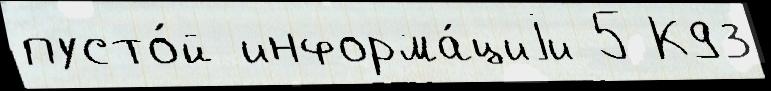
пусто́й информа́циjи 5 К93